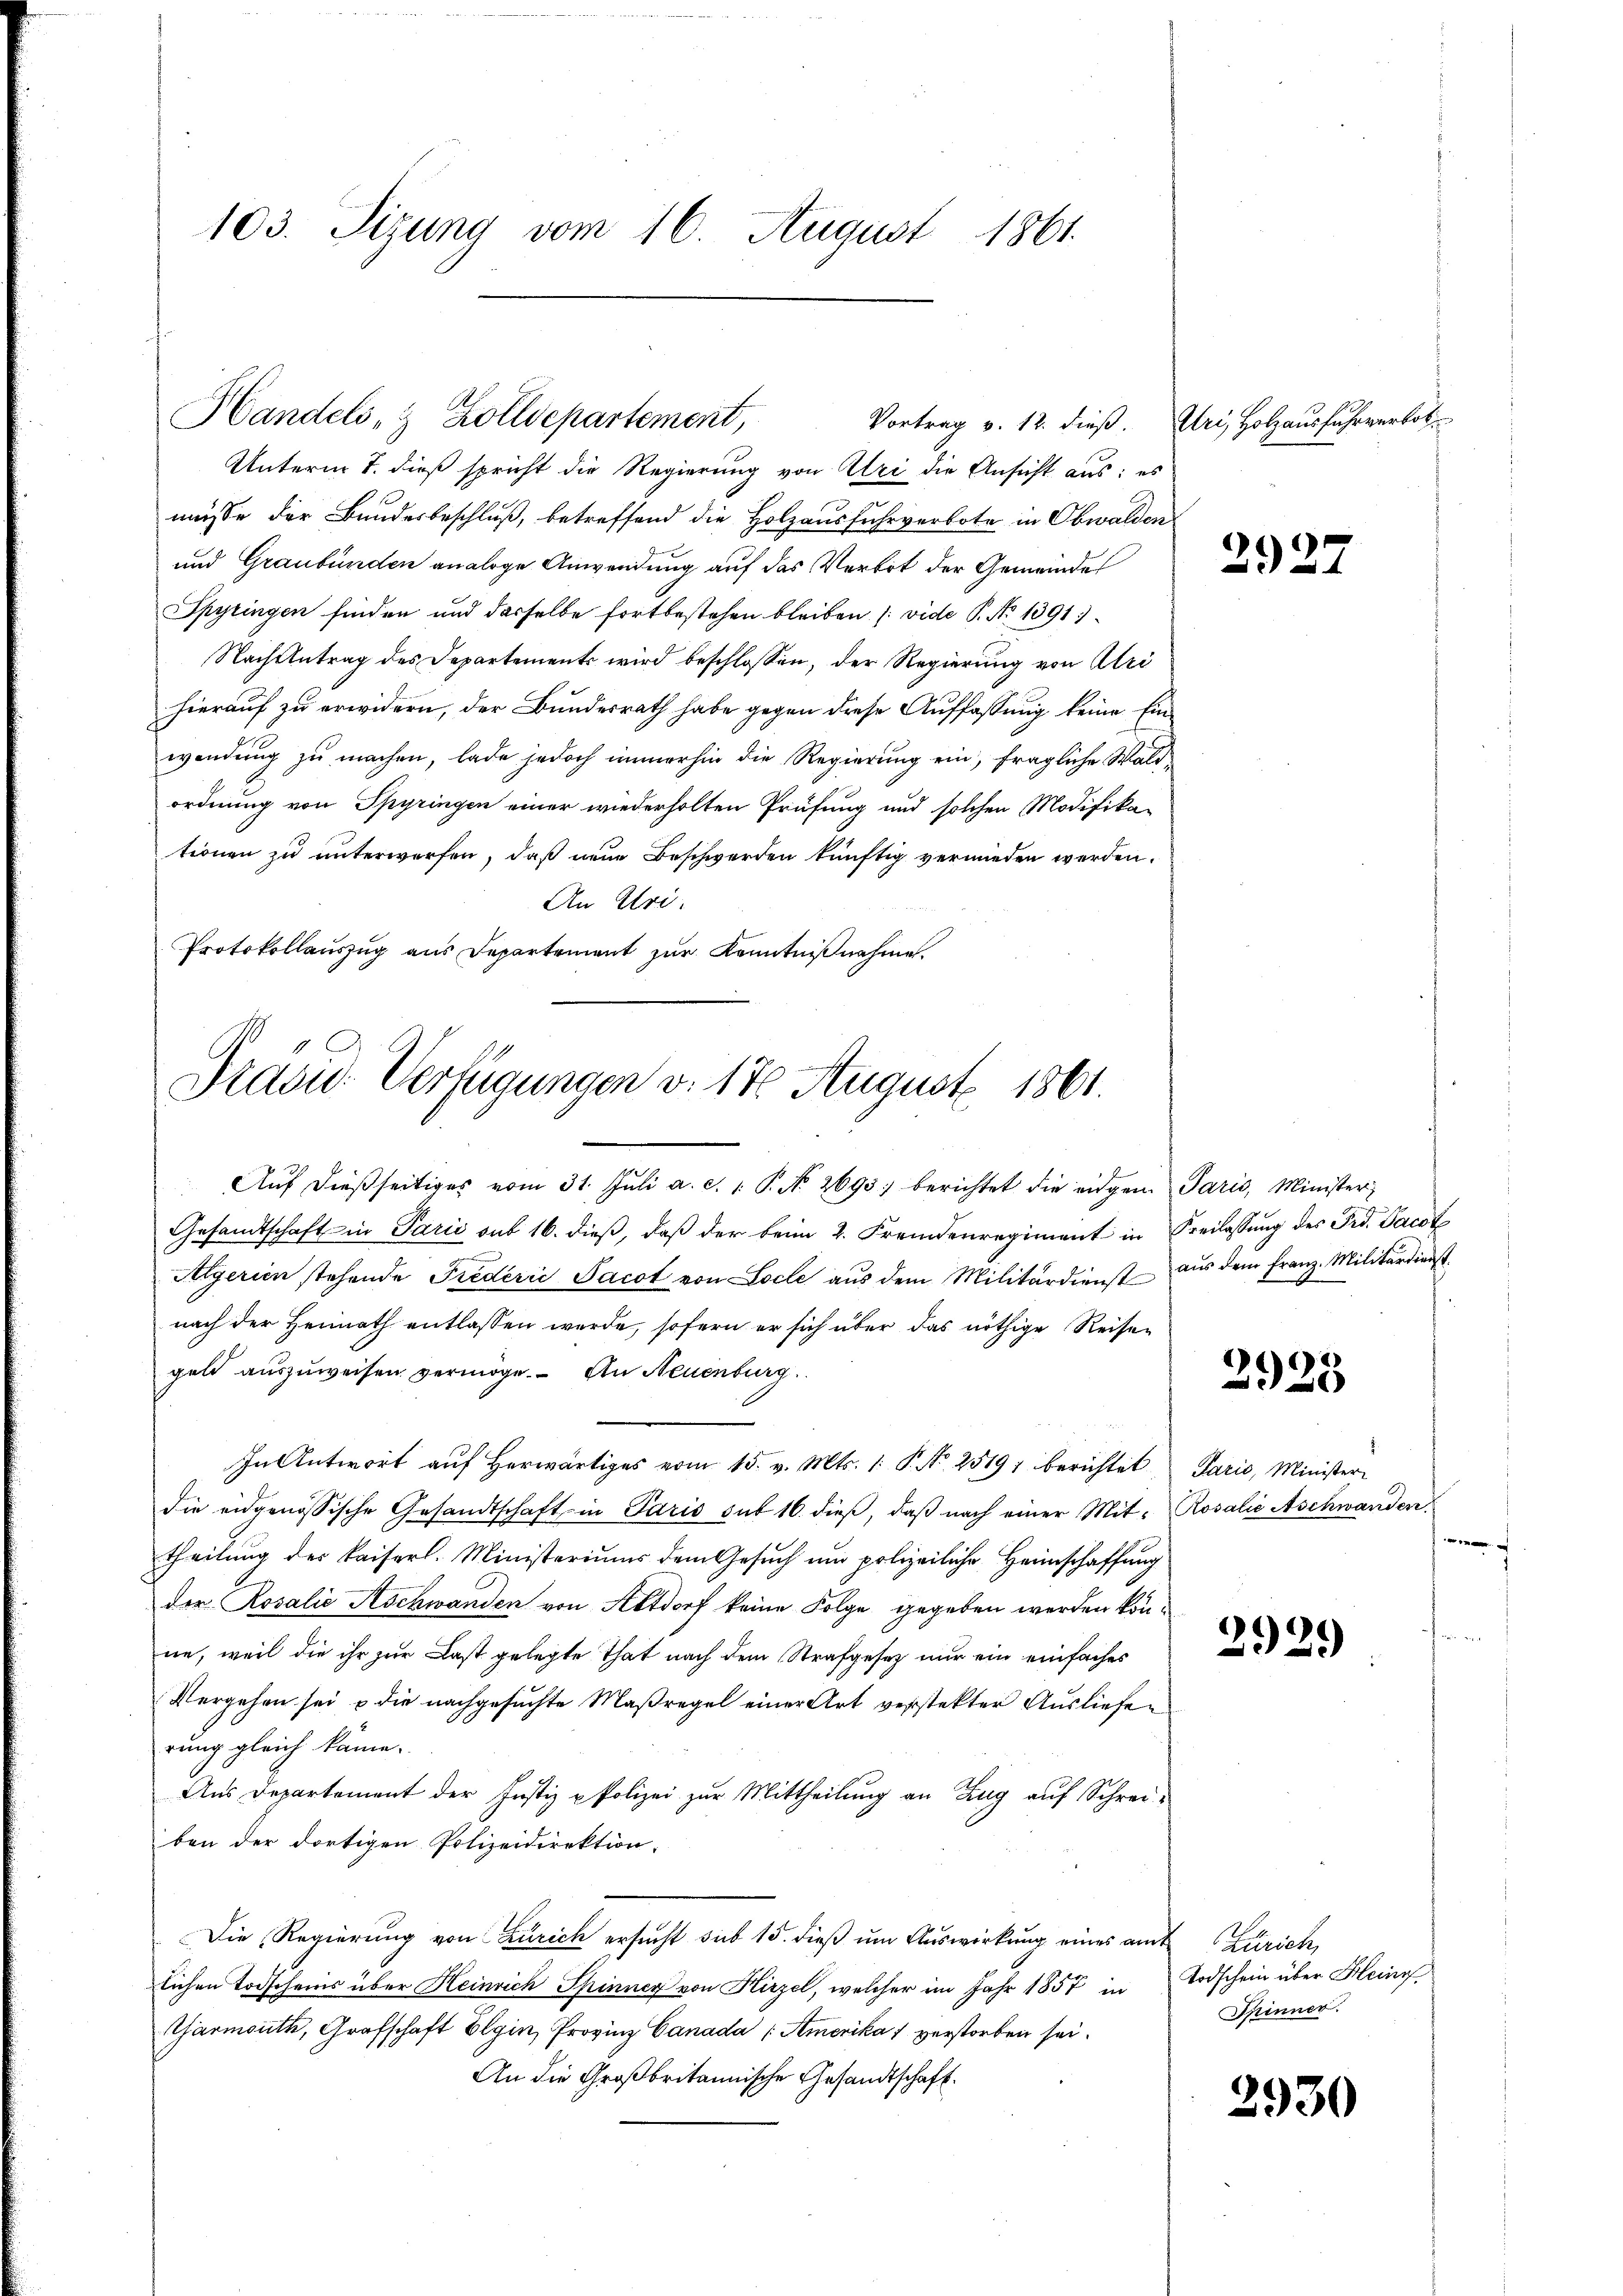
103. Sizung vom 16. August 1861.

Handels- & Zolldepartement,

Präsid. Verfügungen v. 17 August 1861.

Unterm 7. dieß spricht die Regierung von Uri die Ansicht aus: es
müsse der Bundesbeschluß, betreffend die Holzausfuhrverbote in Obwalden
und Graubünden analoge Anwendung auf das Verbot der Gemeindes
Spyringen finden und dasselbe fortbestehen bleiben (vide P. No 1391)
Nach Antrag des Departements wird beschlossen, der Regierung von Alri
hierauf zu erwidern, der Bundesrath habe gegen diese Auffassung keine Einwendung zu machen, lade jedoch immerhin die Regierung ein, fragliche Waldordnung von Spyringen einer wiederholten Prüfung und solchen Modifika-
tionen zu unterworfen, daß neue Beschwerden künftig vermieden werden.
An Uri.
Protokollauszug aus Departement zur Kenntnißnahme.

Vortrag v. 12. dieß. Uri, Holzausfuhrverbot¬

Aŭf dießseitiges vom 31. Jŭli a. c. 1. P. No. 2693. berichtet die eidgen. Paris, Minister
Gesandtschaft in Parić aus 16. dieβ, daβ der beim 2. Fremdenregiment in Freilassŭng des Frd. Jacot
Algerien stehende Frederić Jacot von Locle aŭs dem Militärdienst aŭs dem Franz. Militärdienst
nach der Heimath entlassen werde, sofern er sich über das nöthige Reisen
geld auszuweisen vermöge. An Neuenburg.
In Antwort aŭf herwärtiges vom 15. v. Mts. 1. P. Nr. 2519, berichtet Paris, Minister-
die eidgenössische Gesandtschaft in Paris sub 16. dieβ, daβ nach einer Mit- Rosalie Aschwanden.
theilung des Kaiserl. Ministeriums dem Gesuch um polizeiliche Heimschaffung
der Rosalie Kochwanden von Altdorf keine Folge gegeben werden könne, weil die ihr zur Last gelegte That nach dem Strafgesetz nur ein einfaches
Vergehen sei u die nachgesuchte Maßregel einer Art verstekter Ausliefen
rung gleich käme.
Aus Departement der Justiz & Polizei zur Mittheilung an Zug auf Schreiben der dortigen Polizeidirektion.
Die Regierung von Zürich ersucht sub 15. dieβ ŭm Aŭswirkung eines amt Zürich,
lichen Todscheins über Heinrich Spinner von Hirzel, welcher im Jahr 1857 in
Gärmouth, Grafschaft Elgin, Provinz Canada Amerika 1 verstorben sei.
An die Großbritannische Gesandtschaft.

2927

2925

f

2929

Todschein über Klein
Spinner.

2930